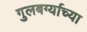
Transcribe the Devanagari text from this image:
गुलबर्ग्याच्या